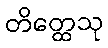
တိတ္ထေသု